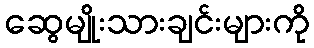
ဆွေမျိုးသားချင်းများကို